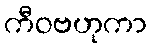
ကီဝဗဟုကာ